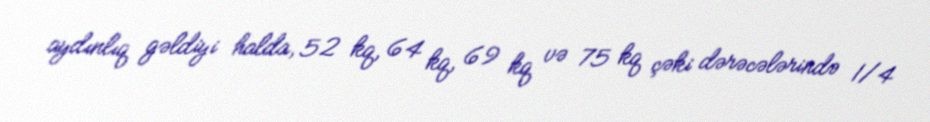
aydınlıq gəldiyi halda, 52 kq, 64 kq, 69 kq və 75 kq çəki dərəcələrində 1/4